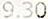
9.30